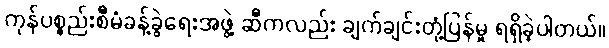
ကုန်ပစ္စည်းစီမံခန့်ခွဲရေးအဖွဲ့ ဆီကလည်း ချက်ချင်းတုံ့ပြန်မှု ရရှိခဲ့ပါတယ်။